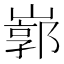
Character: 𡻙